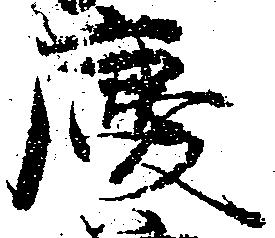
慶